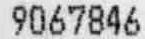
9067846